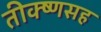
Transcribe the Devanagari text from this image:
तीक्ष्णसह